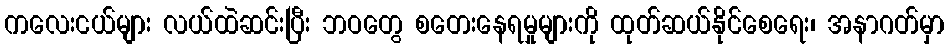
ကလေးငယ်များ လယ်ထဲဆင်းပြီး ဘဝတွေ စတေးနေရမှုများကို ထုတ်ဆယ်နိုင်စေရေး၊ အနာဂတ်မှာ